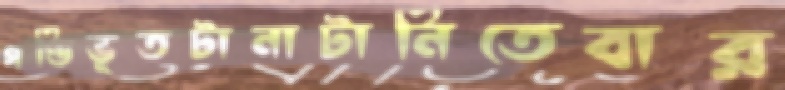
গণ্ডিভূতটানাটানিতেবার